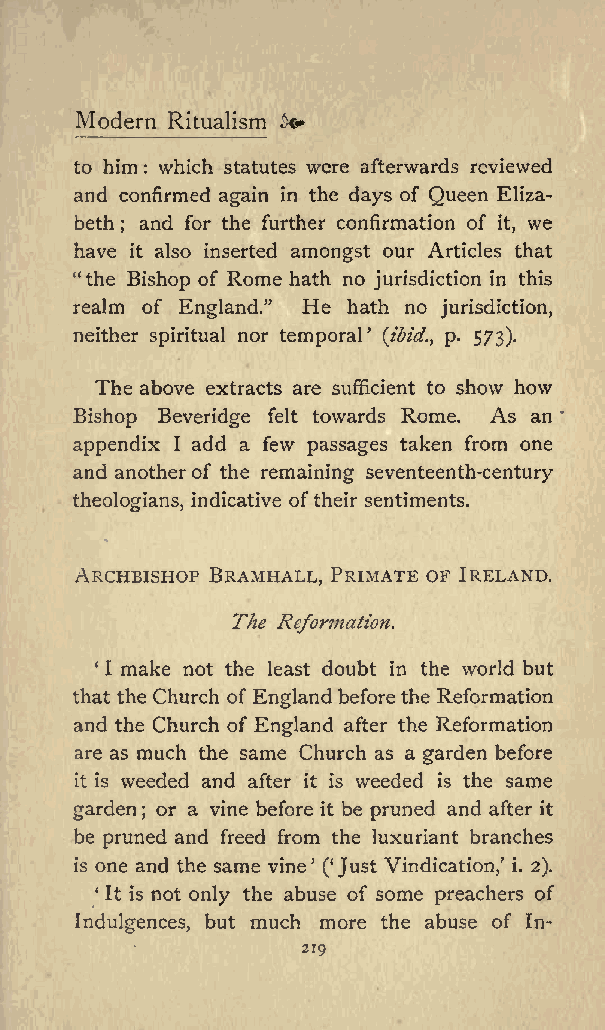
Modern Ritualism +
 to him which statutes were afterwards reviewed
 :
 and confirmed again in the days of Queen Eliza
 beth and for the further confirmation of we
 ;                        it,
 have it also inserted amongst our Articles that
 &quot;the Bishop of Rome hath no jurisdiction in this
 realm of England.&quot; He hath no jurisdiction,
 neither spiritual nor temporal (ibid., p. 573).
 The above extracts are sufficient to show how
 Bishop Beveridge felt towards Rome. As an
 appendix I add a few passages taken from one
 and anotherof the remaining seventeenth-century
 theologians, indicative oftheir sentiments.
 ARCHBISHOP BRAMHALL, PRIMATE OF IRELAND.
 The Reformation.
 1 1 make not the least doubt in the world but
 that the Church of England before the Reformation
 and the Church of England after the Reformation
 are as much the same Church as a garden before
 it is weeded and after it is weeded is the same
 garden or a vine before it be pruned and after it
 ;
 be pruned and freed from the luxuriant branches
 is one and the same vine ( Just Vindication, i. 2).
 It is not only the abuse of some preachers of
 Indulgences, but much more the abuse of In-
 219